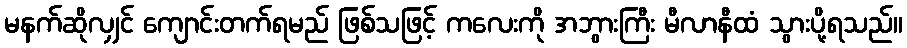
မနက်ဆိုလျှင် ကျောင်းတက်ရမည် ဖြစ်သဖြင့် ကလေးကို အဘွားကြီး မီလာနီထံ သွားပို့ရသည်။